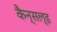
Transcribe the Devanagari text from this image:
कैन्सल्ड